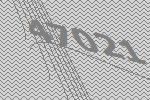
47021